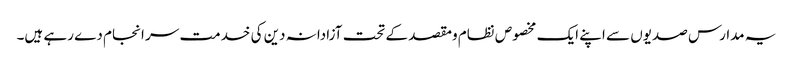
یہ مدارس صدیوں سے اپنے ایک مخصوص نظام ومقصد کے تحت آزادانہ دین کی خدمت سر انجام دے رہے ہیں۔